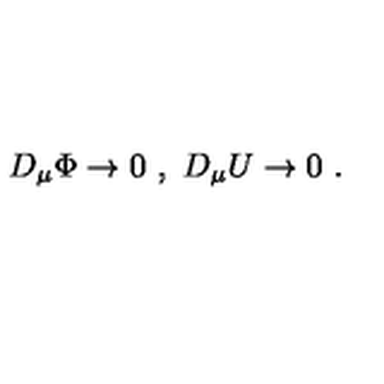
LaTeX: D _ { \mu } \Phi \rightarrow 0 \ , \ D _ { \mu } U \rightarrow 0 \ .